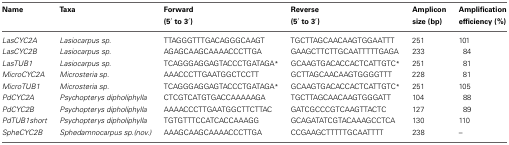
| Name | Taxa | Forward (5′ to 3′) | Reverse (5′ to 3′) | Amplicon size (bp) | Amplification efficiency (%) |
 | --- | --- | --- | --- | --- | --- |
 | LasCYC2A | Lasiocarpus sp. | TTAGGGTTTGACAGGGCAAGT | TGCTTAGCAACAAGTGGAATTT | 251 | 101 |
 | LasCYC2B | Lasiocarpus sp. | AGAGCAAGCAAAACCCTTGA | GAAGCTTCTTGCAATTTTTGAGA | 233 | 84 |
 | LasTUB1 | Lasiocarpus sp. | TCAGGGAGGAGTACCCTGATAGA* | GCAAGTGACACCACTCATTGTC* | 251 | 81 |
 | MicroCYC2A | Microsteria sp. | AAACCCTTGAATGGCTCCTT | GCTTAGCAACAAGTGGGGTTT | 228 | 81 |
 | MicroTUB1 | Microsteria sp. | TCAGGGAGGAGTACCCTGATAGA* | GCAAGTGACACCACTCATTGTC* | 251 | 105 |
 | PdCYC2A | Psychopterys dipholiphylla | CTCGTCATGTGACCAAAAAGA | TGCTTAGCAACAAGTGGGATT | 104 | 88 |
 | PdCYC2B | Psychopterys dipholiphylla | AAAACCCTTGAATGGCTTCTTAC | GATCGCCCGTCAAGTTACTC | 127 | 89 |
 | PdTUB1short | Psychopterys dipholiphylla | TGTGTTTCCATCACCAAAGG | GCAGATATCGTACAAAGCCTCA | 130 | 110 |
 | SpheCYC2B | Sphedamnocarpus sp.(nov.) | AAAGCAAGCAAAACCCTTGA | CCGAAGCTTTTTGCAATTTT | 238 | – |